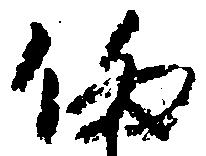
偽